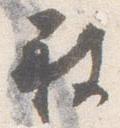
被